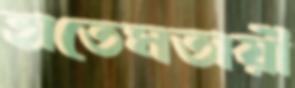
হাতেমতায়ী